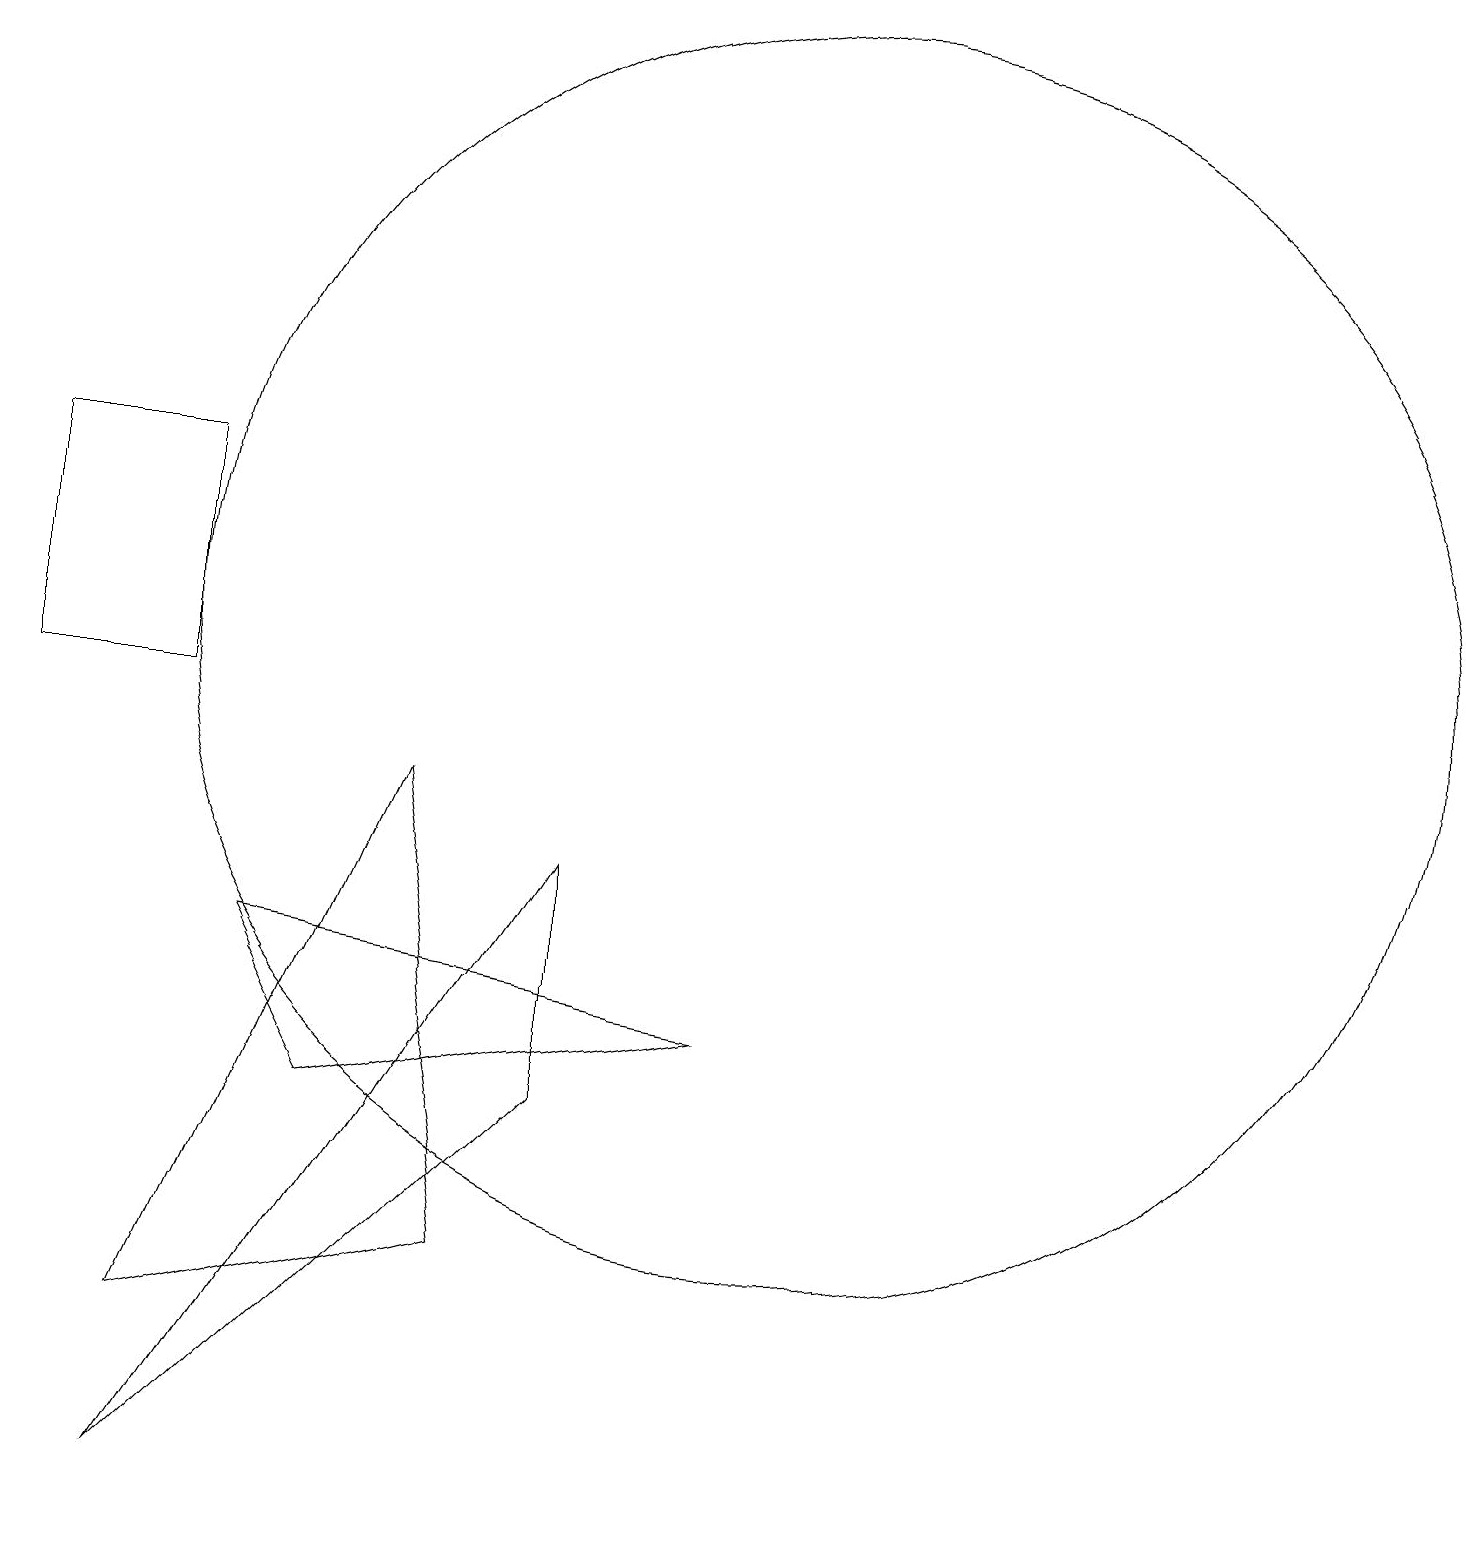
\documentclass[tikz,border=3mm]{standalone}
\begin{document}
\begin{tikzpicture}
\draw (2,10) rectangle (0,13);
\draw (2,2) -- (6,3) -- (5,9) -- cycle;
\draw (2,0) -- (7,5) -- (7,8) -- cycle;
\draw (3,7) -- (9,6) -- (4,5) -- cycle;
\draw (10,11) circle (8);
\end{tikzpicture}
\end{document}